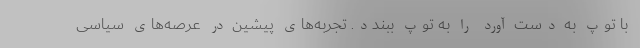
با توپ به دست آورد را به توپ ببندد. تجربه‌های پیشین در عرصه‌های سیاسی